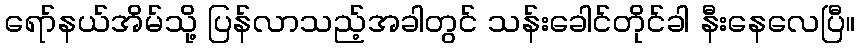
ရော်နယ်အိမ်သို့ ပြန်လာသည့်အခါတွင် သန်းခေါင်တိုင်ခါ နီးနေလေပြီ။